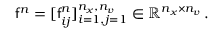
\mathsf { f } ^ { n } = [ \mathsf { f } _ { i j } ^ { n } ] _ { i = 1 , j = 1 } ^ { n _ { x } , n _ { v } } \in \mathbb { R } ^ { n _ { x } \times n _ { v } } \, .